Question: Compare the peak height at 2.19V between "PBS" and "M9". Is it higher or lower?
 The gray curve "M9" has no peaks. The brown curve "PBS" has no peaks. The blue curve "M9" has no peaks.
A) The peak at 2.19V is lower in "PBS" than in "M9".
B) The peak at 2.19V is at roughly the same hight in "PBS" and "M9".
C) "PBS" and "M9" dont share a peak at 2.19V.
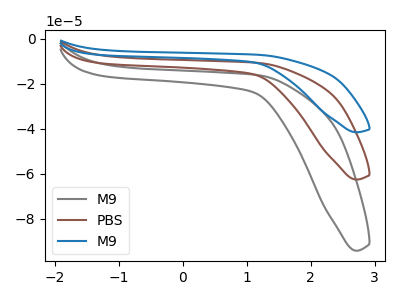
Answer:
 <answer>C) "PBS" and "M9" dont share a peak at 2.19V.</answer>
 <eval>C</eval>